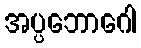
အပ္ပဘောဂေါ